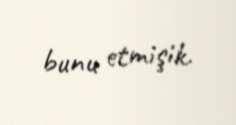
bunu etmişik.